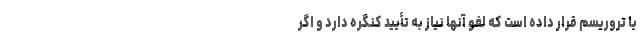
با تروریسم قرار داده است که لغو آنها نیاز به تأیید کنگره دارد و اگر